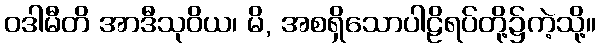
ဝဒါမီတိ အာဒီသုဝိယ၊ မိ, အစရှိသောပါဠိရပ်တို့၌ကဲ့သို့။